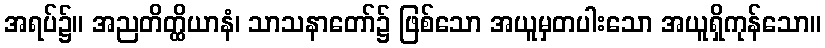
အရပ်၌။ အညတိတ္ထိယာနံ၊ သာသနာတော်၌ ဖြစ်သော အယူမှတပါးသော အယူရှိကုန်သော။